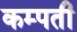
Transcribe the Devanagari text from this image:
कम्पती